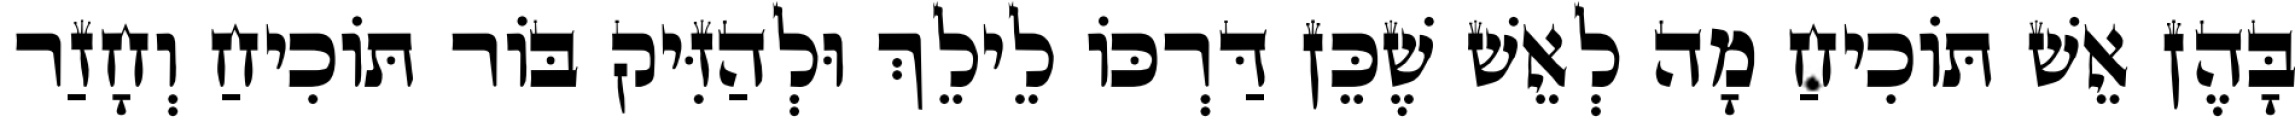
בָּהֶן אֵשׁ תּוֹכִיחַ מָה לְאֵשׁ שֶׁכֵּן דַּרְכּוֹ לֵילֵךְ וּלְהַזִּיק בּוֹר תּוֹכִיחַ וְחָזַר